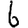
Digit: 6